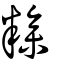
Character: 糁